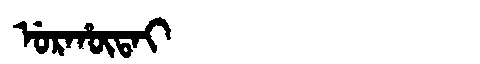
Manchu: ᡠᡵᡥᡡᡨᠠᡳ
Romanization: URHŪTAI